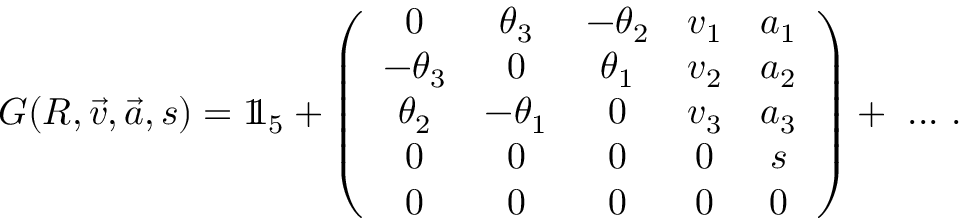
G ( R , { \vec { v } } , { \vec { a } } , s ) = 1 \! \! 1 _ { 5 } + \left( { \begin{array} { c c c c c } { 0 } & { \theta _ { 3 } } & { - \theta _ { 2 } } & { v _ { 1 } } & { a _ { 1 } } \\ { - \theta _ { 3 } } & { 0 } & { \theta _ { 1 } } & { v _ { 2 } } & { a _ { 2 } } \\ { \theta _ { 2 } } & { - \theta _ { 1 } } & { 0 } & { v _ { 3 } } & { a _ { 3 } } \\ { 0 } & { 0 } & { 0 } & { 0 } & { s } \\ { 0 } & { 0 } & { 0 } & { 0 } & { 0 } \end{array} } \right) + \ . . . ~ .